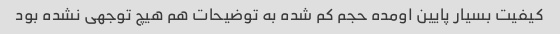
کیفیت بسیار پایین اومده حجم کم شده به توضیحات هم هیچ توجهی نشده بود